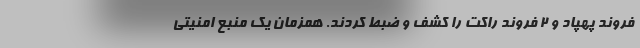
فروند پهپاد و ۲ فروند راکت را کشف و ضبط کردند. همزمان یک منبع امنیتی